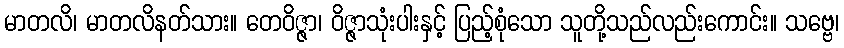
မာတလိ၊ မာတလိနတ်သား။ တေဝိဇ္ဇာ၊ ဝိဇ္ဇာသုံးပါးနှင့် ပြည့်စုံသော သူတို့သည်လည်းကောင်း။ သဗ္ဗေ၊